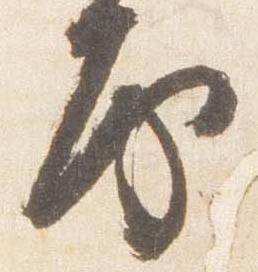
房